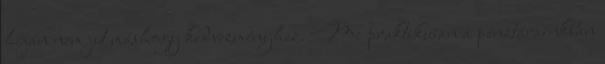
híján nem jut máshogy kedvezményhez. Mi praktikusan a pénztárainkban